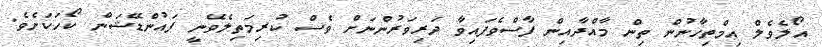
އޯލެވެލް އިމްތިހާނުން ތިން މާއްދާއިން ފާސްވެފައިވާ ދަރިވަރުންނަށް ވެސް ކުރިމަތިލެވޭނީ ފައުންޑޭޝަން ކޯހަކަށެވެ.